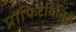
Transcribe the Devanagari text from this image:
प्रॉफिटेबिलिटी